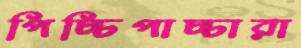
পিচ্চিপাচ্চারা